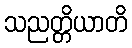
သညတ္တိယာတိ